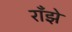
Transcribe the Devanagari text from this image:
राँझे